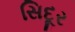
સિદૂર